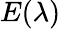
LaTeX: E(\lambda)